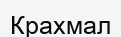
Крахмал